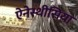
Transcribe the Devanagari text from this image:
ऐनेस्थीसिया